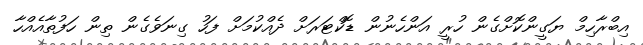
އިބްރާހިމް ޔަގީންކޮށްގެން ހުރީ އަންހެނުން ޑޮކްޓަރަށް ދެއްކުމަށް ފަހު ގިނަވެގެން ތިން ހަފުތާއެއްހާ